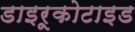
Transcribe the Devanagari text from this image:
डाइरूकोटाइड